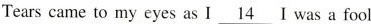
Tears came to my eyes as I \underline{14} I was a fool